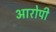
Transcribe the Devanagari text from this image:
अारोपी